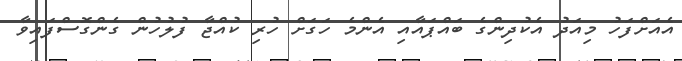
އެއަށްފަހު މިއަދު އެކުދިންގެ ބައްޕައާއި އެންމެ ހަގަށް ހުރި ކުއްޖާ ފުލުހުން ގެންގޮސްފައިވާ